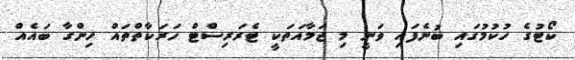
ކޯޓުގެ ހުކުމުގައި ބުނެފައި ވަނީ މި ޖަމާއަތަކީ ޓެރަރިސްޓް ހަރަކާތްތައް ހިންގާ ބައެއް